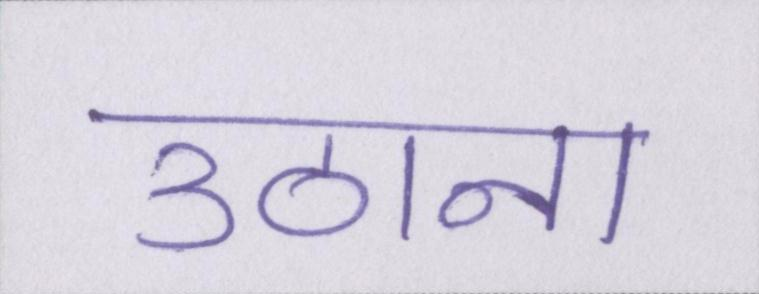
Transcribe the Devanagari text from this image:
उठाना